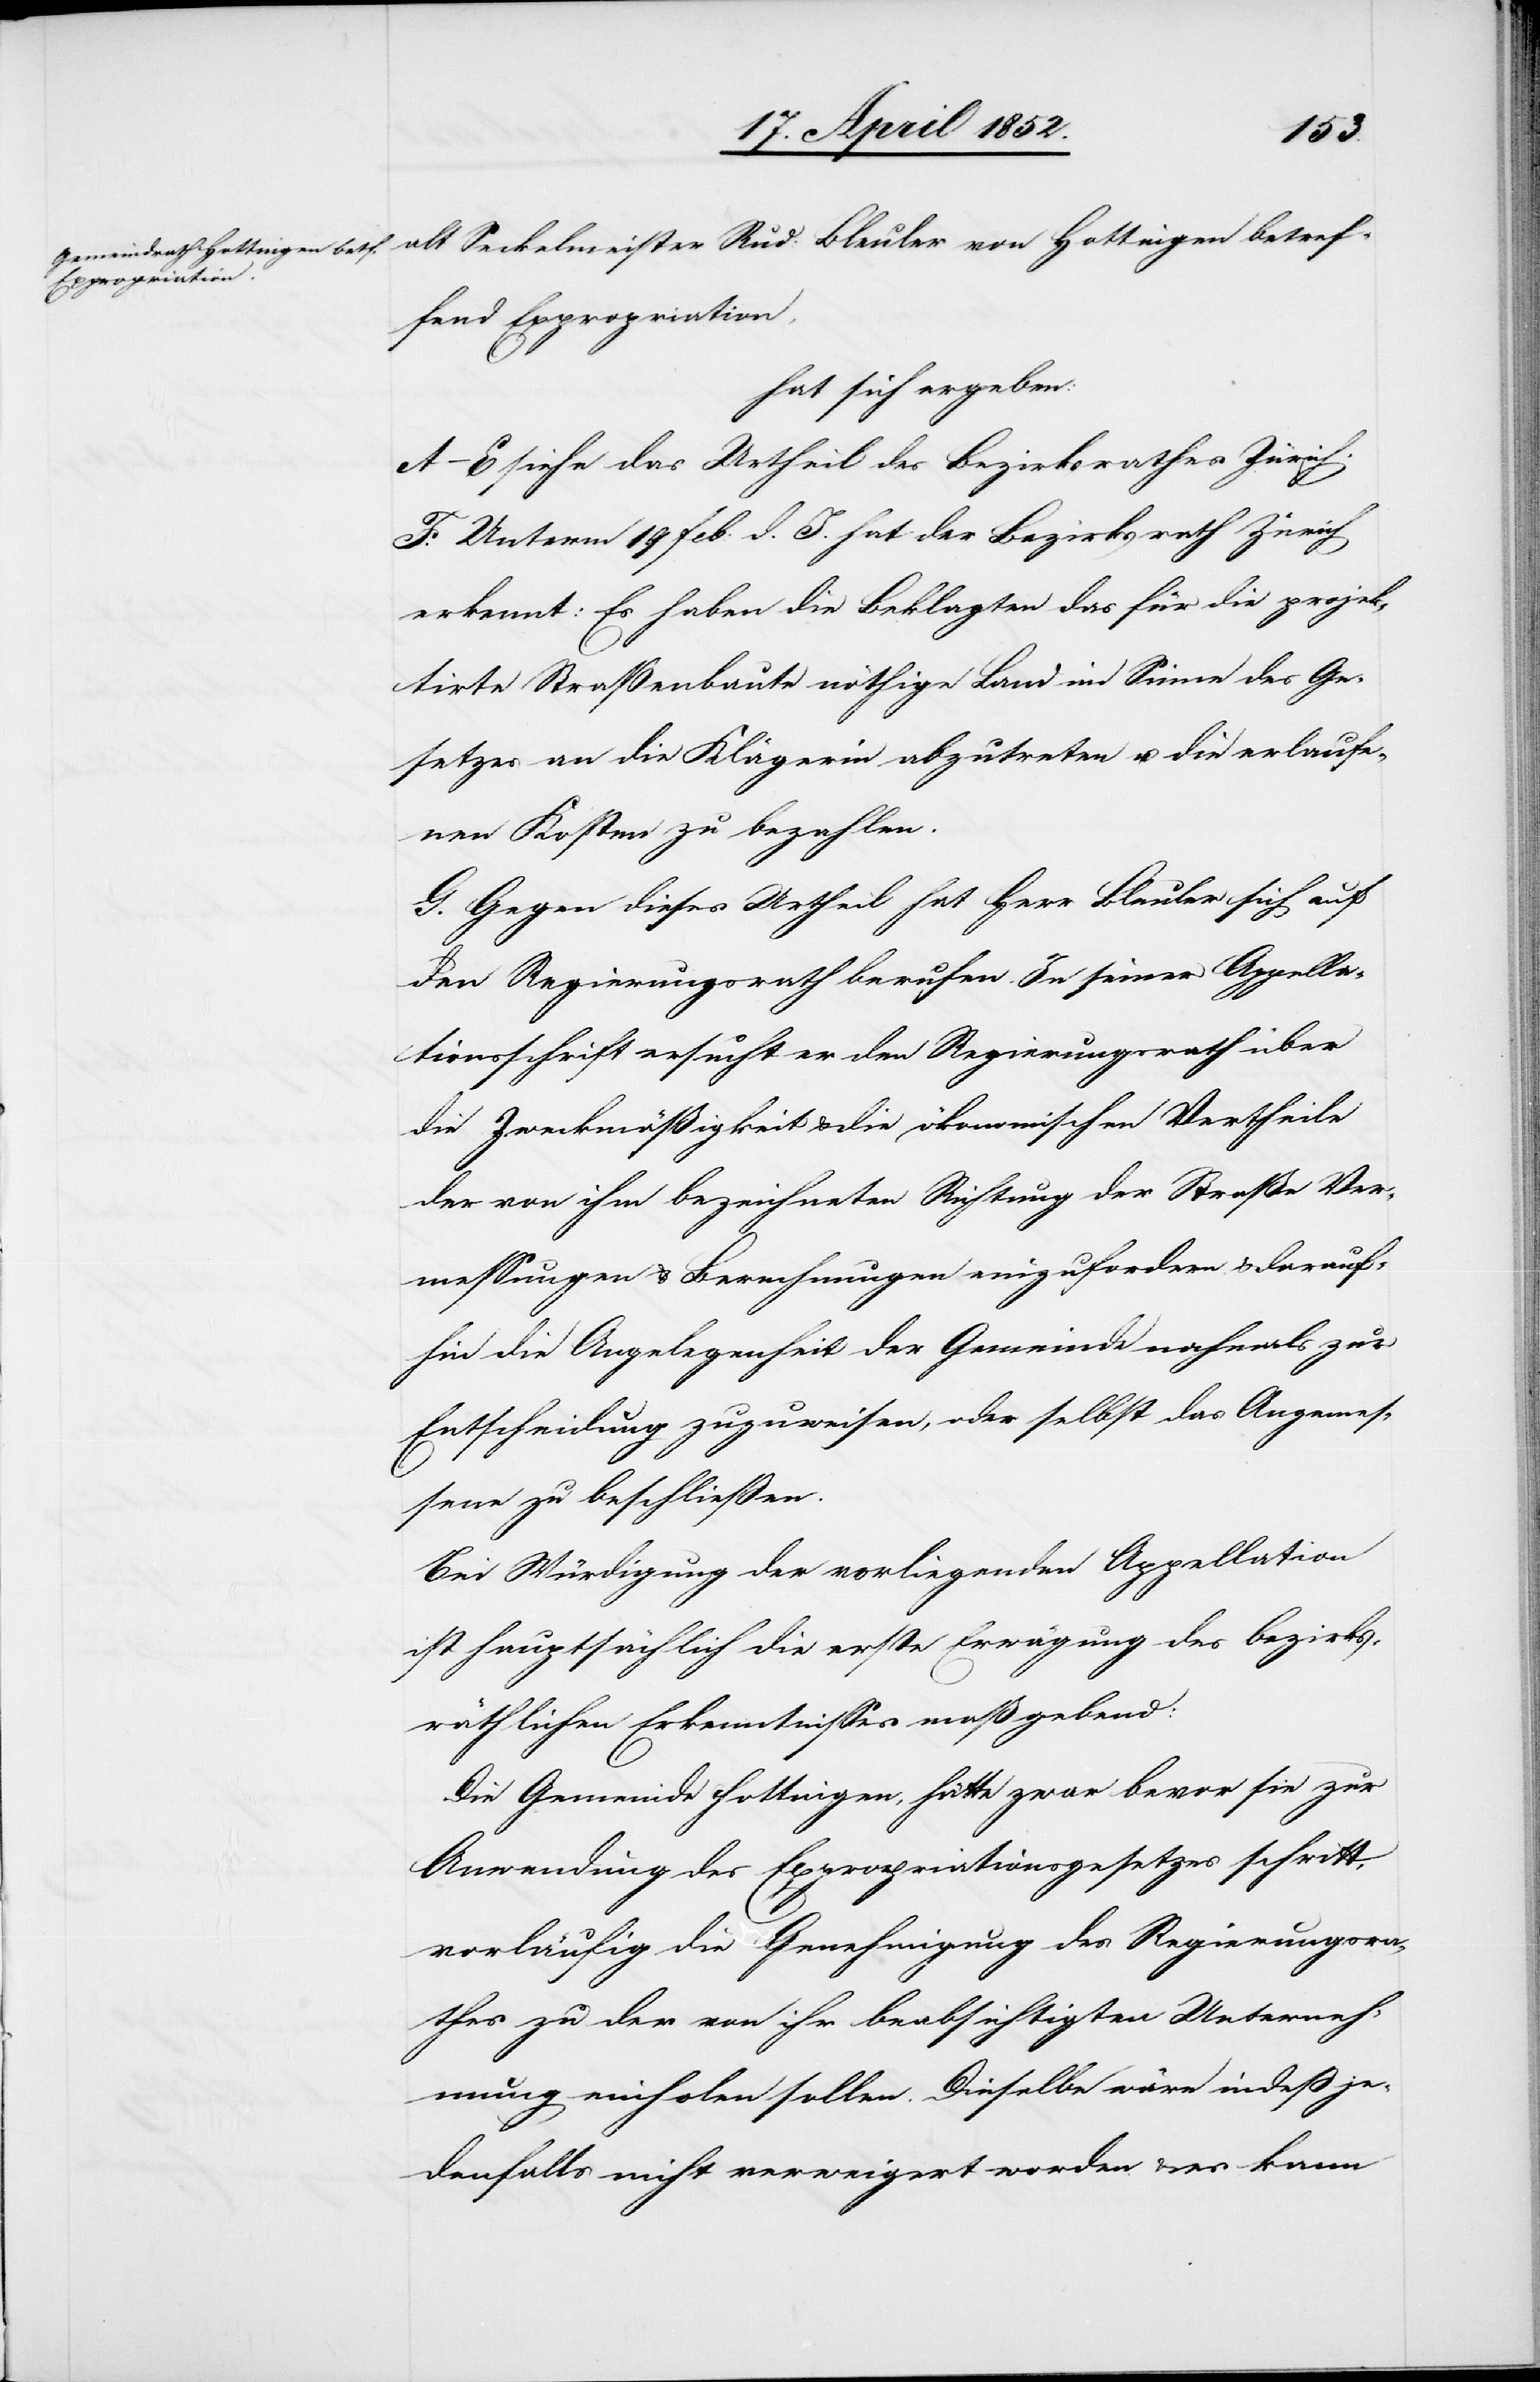
alt Seckelmeister Rud: Bleuler von Hottingen betref¬
fend Expropriation,
hat sich ergeben:
A–E siehe das Urtheil des Bezirksrathes Zürich.
F. Unterm 19 Feb: d. J. hat der Bezirksrath Zürich
erkennt: Es haben die Beklagten das für die projek¬
tirte Straßenbaute nöthige Land im Sinne des Ge¬
setzes an die Klägerin abzutreten u. die erlaufe¬
nen Kosten zu bezahlen.
G. Gegen dieses Urtheil hat Herr Bleuler sich auf
den Regierungsrath berufen. In seiner Appella¬
tionsschrift ersucht er den Regierungsrath über
die Zweckmäßigkeit & die ökonomischen Vertheile
der von ihm bezeichneten Richtung der Straße Ver¬
messungen & Berechnungen einzufordern & darauf¬
hin die Angelegenheit der Gemeinde nochmals zur
Entscheidung zuzuweisen, oder selbst das Angemes¬
sene zu beschliessen.
Bei Würdigung der vorliegenden Appellation
ist hauptsächlich die erste Erwägung des bezirks¬
räthlichen Erkenntnisses maßgebend:
Die Gemeinde Hottingen, hätte zwar bevor sie zur
Anwendung des Expropriationsgesetzes schritt,
vorläufig die Genehmigung des Regierungsra¬
thes zu der von ihr beabsichtigten Unterneh¬
mung einholen sollen. Dieselbe wäre indeß je¬
denfalls nicht verweigert worden & es kann